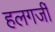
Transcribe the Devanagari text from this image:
हलगर्जी